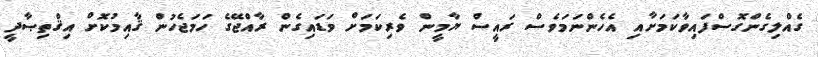
ގެއްލިގެންގޮސްފައިވާކަމަށާއި އެހެންނަމަވެސް ރައީސް ޔާމީން ވެރިކަމަށް ވަޑައިގެން ރާއްޖޭގެ ހަމަޖެހުން ޤާއިމުކޮށް އިޤްތިޞާދީ